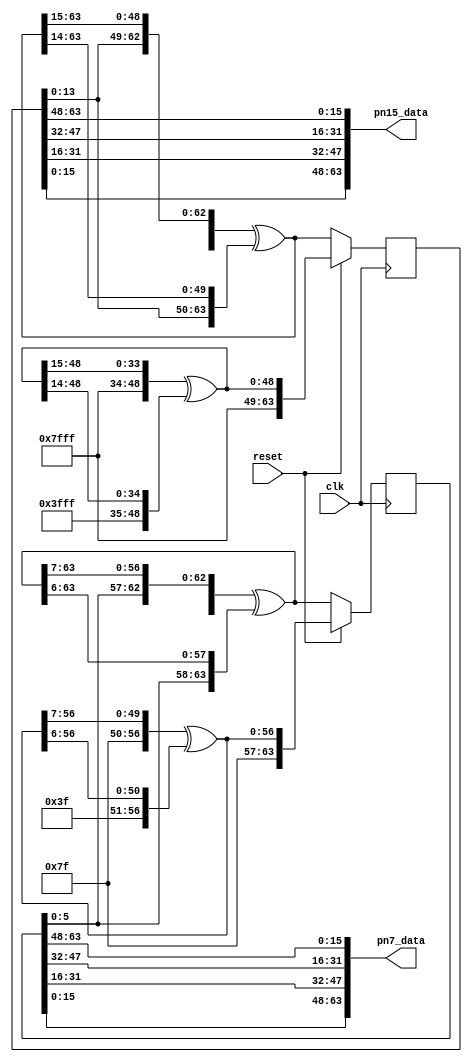
// ***************************************************************************
// ***************************************************************************
// Copyright (C) 2018-2023 Analog Devices, Inc. All rights reserved.
//
// In this HDL repository, there are many different and unique modules, consisting
// of various HDL (Verilog or VHDL) components. The individual modules are
// developed independently, and may be accompanied by separate and unique license
// terms.
//
// The user should read each of these license terms, and understand the
// freedoms and responsibilities that he or she has by using this source/core.
//
// This core is distributed in the hope that it will be useful, but WITHOUT ANY
// WARRANTY; without even the implied warranty of MERCHANTABILITY or FITNESS FOR
// A PARTICULAR PURPOSE.
//
// Redistribution and use of source or resulting binaries, with or without modification
// of this file, are permitted under one of the following two license terms:
//
//   1. The GNU General Public License version 2 as published by the
//      Free Software Foundation, which can be found in the top level directory
//      of this repository (LICENSE_GPL2), and also online at:
//      <https://www.gnu.org/licenses/old-licenses/gpl-2.0.html>
//
// OR
//
//   2. An ADI specific BSD license, which can be found in the top level directory
//      of this repository (LICENSE_ADIBSD), and also on-line at:
//      https://github.com/analogdevicesinc/hdl/blob/main/LICENSE_ADIBSD
//      This will allow to generate bit files and not release the source code,
//      as long as it attaches to an ADI device.
//
// ***************************************************************************
// ***************************************************************************

`timescale 1ns/100ps

module ad_ip_jesd204_tpl_dac_pn #(
  parameter DATA_PATH_WIDTH = 4,
  parameter CONVERTER_RESOLUTION = 16
) (
  input clk,
  input reset,

  output [DATA_PATH_WIDTH*CONVERTER_RESOLUTION-1:0] pn7_data,
  output [DATA_PATH_WIDTH*CONVERTER_RESOLUTION-1:0] pn15_data
);

  localparam CR = CONVERTER_RESOLUTION;
  localparam DW = DATA_PATH_WIDTH * CR - 1;

  /* We need at least enough bits to store the PN state */
  localparam PN7_W = DW > 6 ? DW : 6;
  localparam PN15_W = DW > 14 ? DW : 14;

  reg [PN7_W:0] pn7_state = {PN7_W+1{1'b1}};
  reg [PN15_W:0] pn15_state = {PN15_W+1{1'b1}};

  wire [DW:0] pn7;
  wire [DW+7:0] pn7_full_state;
  wire [PN7_W:0] pn7_reset;

  wire [DW:0] pn15;
  wire [DW+15:0] pn15_full_state;
  wire [PN15_W:0] pn15_reset;

  /* PN7 x^7 + x^6 + 1 */
  assign pn7 = pn7_full_state[7+:DW+1] ^ pn7_full_state[6+:DW+1];
  assign pn7_full_state = {pn7_state[6:0],pn7};

  /* PN15 x^15 + x^14 + 1 */
  assign pn15 = pn15_full_state[15+:DW+1] ^ pn15_full_state[14+:DW+1];
  assign pn15_full_state = {pn15_state[14:0],pn15};

  assign pn7_reset[PN7_W-:7] = {7{1'b1}};
  assign pn15_reset[PN15_W-:15] = {15{1'b1}};

  generate
    if (PN7_W >= 7) begin
      assign pn7_reset[PN7_W-7:0] = pn7_reset[PN7_W:7] ^ pn7_reset[PN7_W-1:6];
    end

    if (PN15_W >= 15) begin
      assign pn15_reset[PN15_W-15:0] = pn15_reset[PN15_W:15] ^ pn15_reset[PN15_W-1:14];
    end
  endgenerate

  always @(posedge clk) begin
    if (reset == 1'b1) begin
      pn7_state <= pn7_reset;
      pn15_state <= pn15_reset;
    end else begin
      pn7_state <= pn7_full_state[PN7_W:0];
      pn15_state <= pn15_full_state[PN15_W:0];
    end
  end

  generate
     /*
     * The first sample contains the first MSB of the PN sequence, but the first
     * sample is also in the LSB of the output data. So extract data at the MSB
     * sample of the PN state and put it into the LSB sample of the output data.
     */
    genvar i;
    for (i = 0; i <= DW; i = i + CR) begin: g_pn_swizzle
      assign pn7_data[i+:CR] = pn7_state[PN7_W-i-:CR];
      assign pn15_data[i+:CR] = pn15_state[PN15_W-i-:CR];
    end
  endgenerate

endmodule